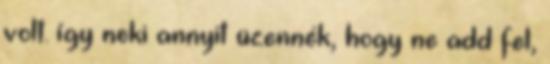
volt. így neki annyit üzennék, hogy ne add fel,